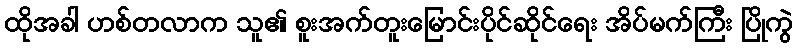
ထိုအခါ ဟစ်တလာက သူ၏ စူးအက်တူးမြောင်းပိုင်ဆိုင်ရေး အိပ်မက်ကြီး ပြိုကွဲ